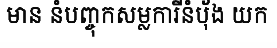
មាន នំបញ្ចុកសម្លការីនំប៉័ង យក